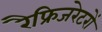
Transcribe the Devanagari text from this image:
रैफ्रिजरेटरों